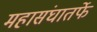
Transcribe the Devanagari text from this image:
महासंघातर्फे